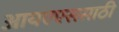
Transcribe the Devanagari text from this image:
आयएएससाठी